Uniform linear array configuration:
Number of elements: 24
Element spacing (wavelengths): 1
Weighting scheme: exponential
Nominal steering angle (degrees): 45
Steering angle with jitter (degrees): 44.309
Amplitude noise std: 0.05
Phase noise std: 0.05

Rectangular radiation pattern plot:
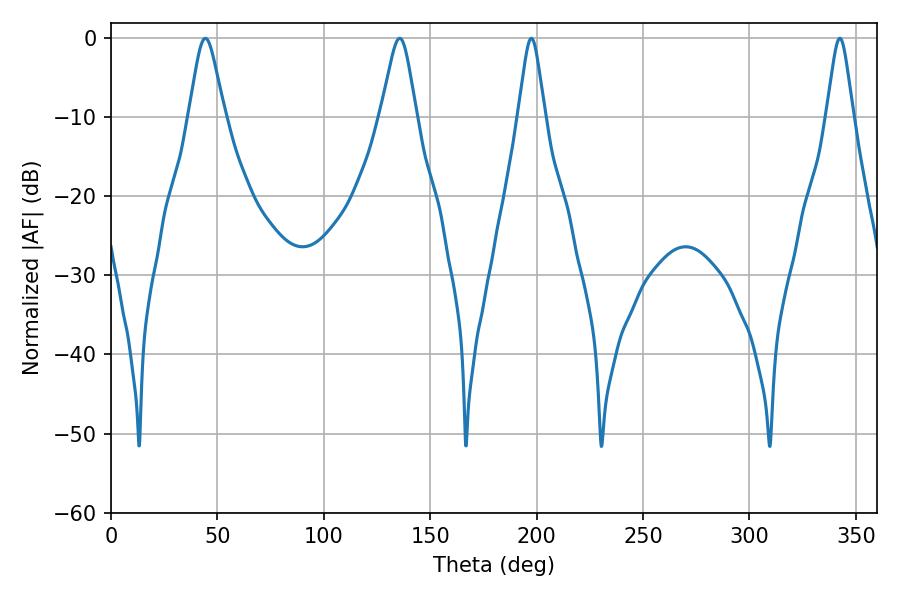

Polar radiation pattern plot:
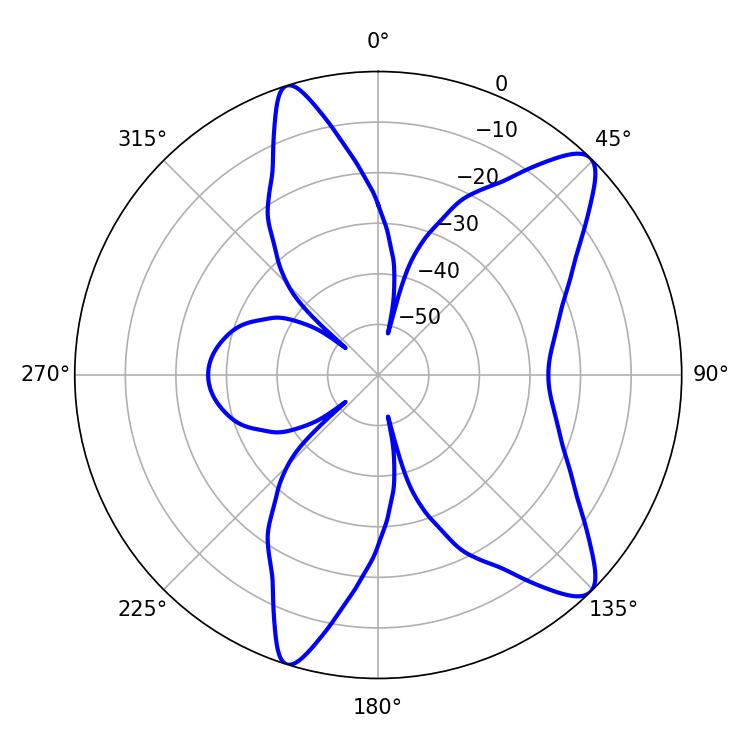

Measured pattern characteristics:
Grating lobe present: TRUE
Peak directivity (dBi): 10.759
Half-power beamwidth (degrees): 8.1
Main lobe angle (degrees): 44.28